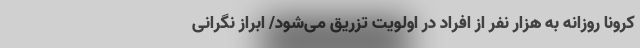
کرونا روزانه به هزار نفر از افراد در اولویت تزریق می‌شود/ ابراز نگرانی